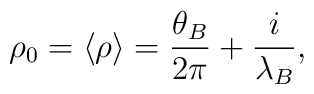
\rho_0 = \langle\rho\rangle = {\theta_B\over 2\pi} + {i\over\lambda_B},